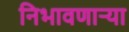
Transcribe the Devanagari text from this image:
निभावणाऱ्या